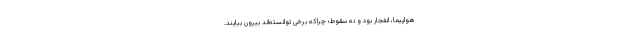
هواپیما، انفجار بود و نه سقوط؛ چراکه برخی توانسته‌اند بیرون بیایند.